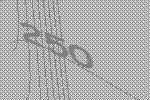
250